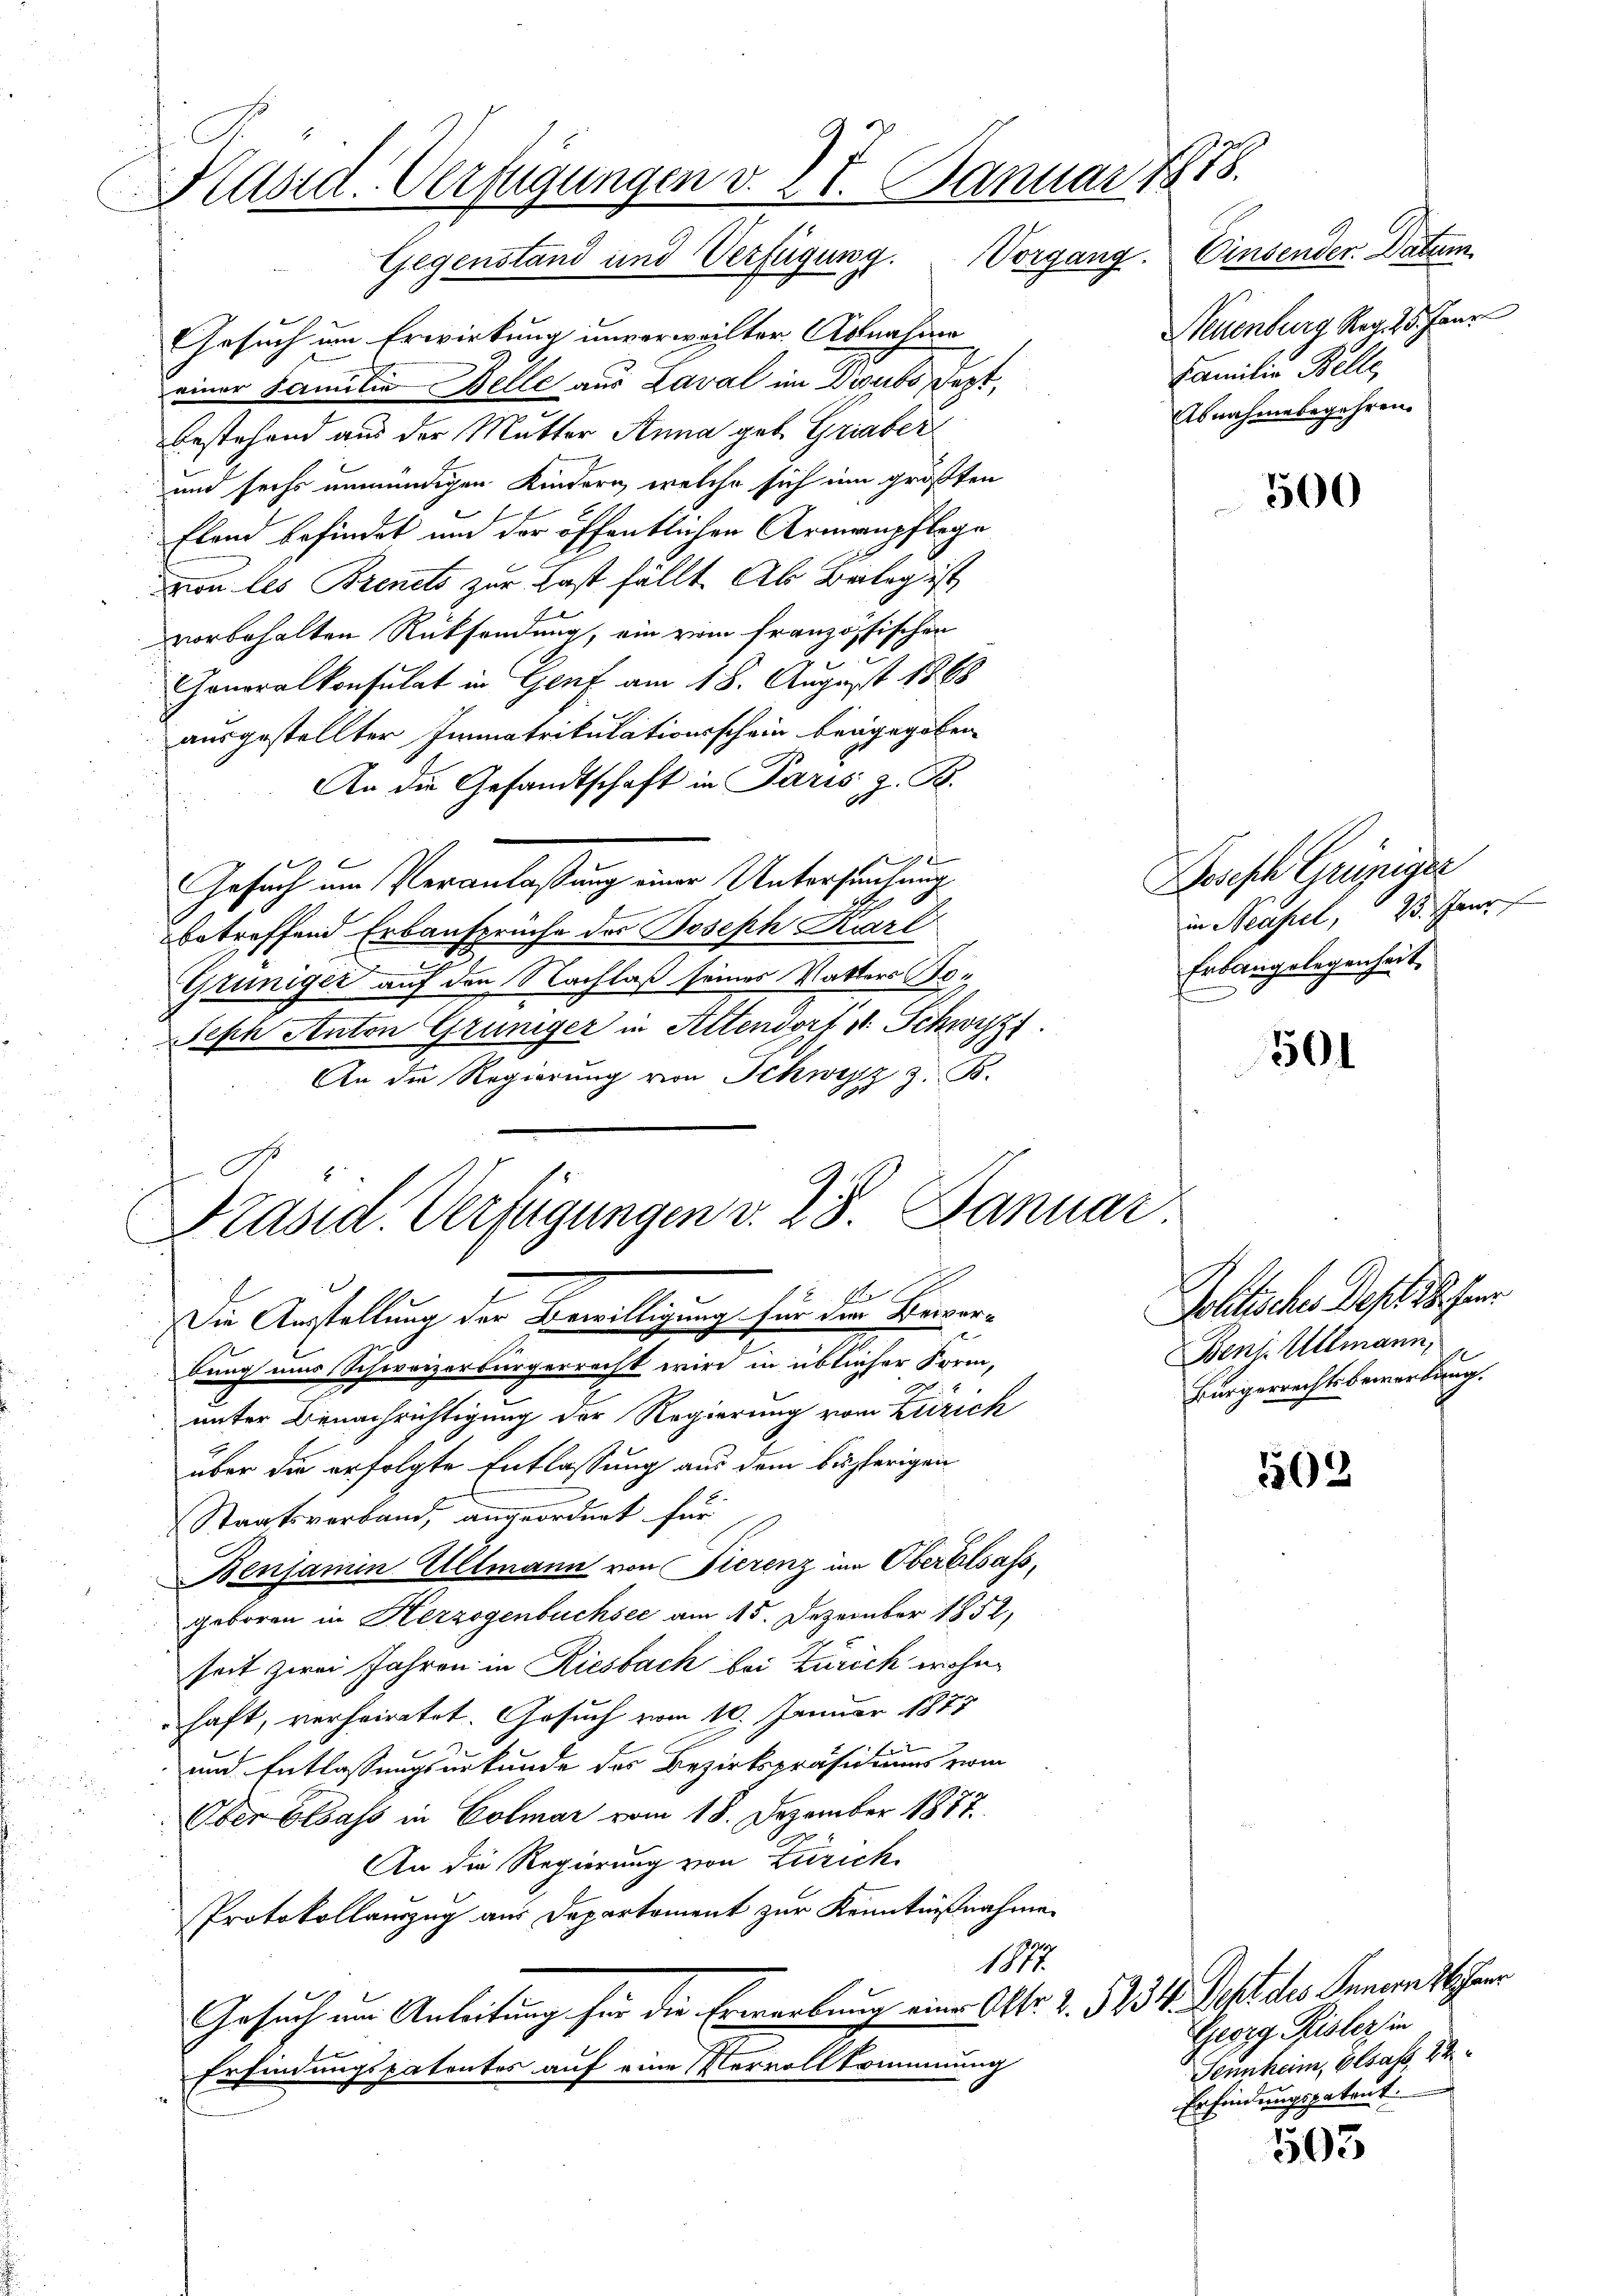
Präsid. Verfügungen v. 27. Januar 1878.
Gegenstand und Verfügung. Vorgang. Einsender. Datum

Gesuch um Erwirkung unverweilter Abnahme
einer Familie Belle aus Laval im Drubs Sept,
bestehend aus der Mutter Anna geb. Griaber
und sechs unmündigen Kindern, welche sich um größten
Fland befindet und der öffentlichen Armenpflege
von des Brenets zur Last fällt. Als Belag ist
vorbehalten Rücksendung, ein vom französischen
Generalkonsulat in Genf am 18. August 1868
ausgestellter Immatrikulationsschein beigegeben.
An die Gesandtschaft in Paris z. B.
9

Gesuch um Veranlaßung einer Untersuchung
betreffend Erbansprüche der Joseph Karl
Grüniger auf den Nachlaß seines Vatters Bo¬
Seph Anton Grüniger in Altendorf v. Schwyz
An die Regierung von Schwyz z. B.

Präsid. Verfügungen v. 28. Januar
A
Die Anstellung der Bewilligung für den Bevorbung uns Schweizerbürgerrecht wird in üblicher Form,

Neuenburg Rag. 25. Janr
Familie Belle,
Abnahmebegehren.

n
unter Benachrichtigung der Regierung vom Zürich
über die erfolgte Entlassung aus dem bisherigen
Staatsverband, angeordnet für
Benjamin Ullmann von Tierenz in Oberalsass,
geboren in Herzogenbuchsee am 15. Dezember 1852,
Zeit zwei Jahren in Riesbach bei Zürich wohne
haft, verheiratet. Gesuch vom 10. Januar 1877
und Entlassungsurkunde des Bezirkspräsidiums vom
Ober Elsass in Colmar vom 18. Dezember 1887.
An die Regierung von Zürich
Protokollauszug aus Departement zur Kenntnißnahme
1877.
Gesuch um Anleitung für die Erwerbung eine Otto. 2. 5234. Dest des Innern Wehrer
Erfindungspatentos auf eine Vervollkommnung

esisch Grüniger
in Neapel, 25. Jann
Erbangelegenheit,

Politisches Dept 18. Fer
Benj. Allmann,
Bürgerrechtsbewerbung.

Georg Risler in
Sennheim, besass, de
Erfindungspatent.

500

501

502

503